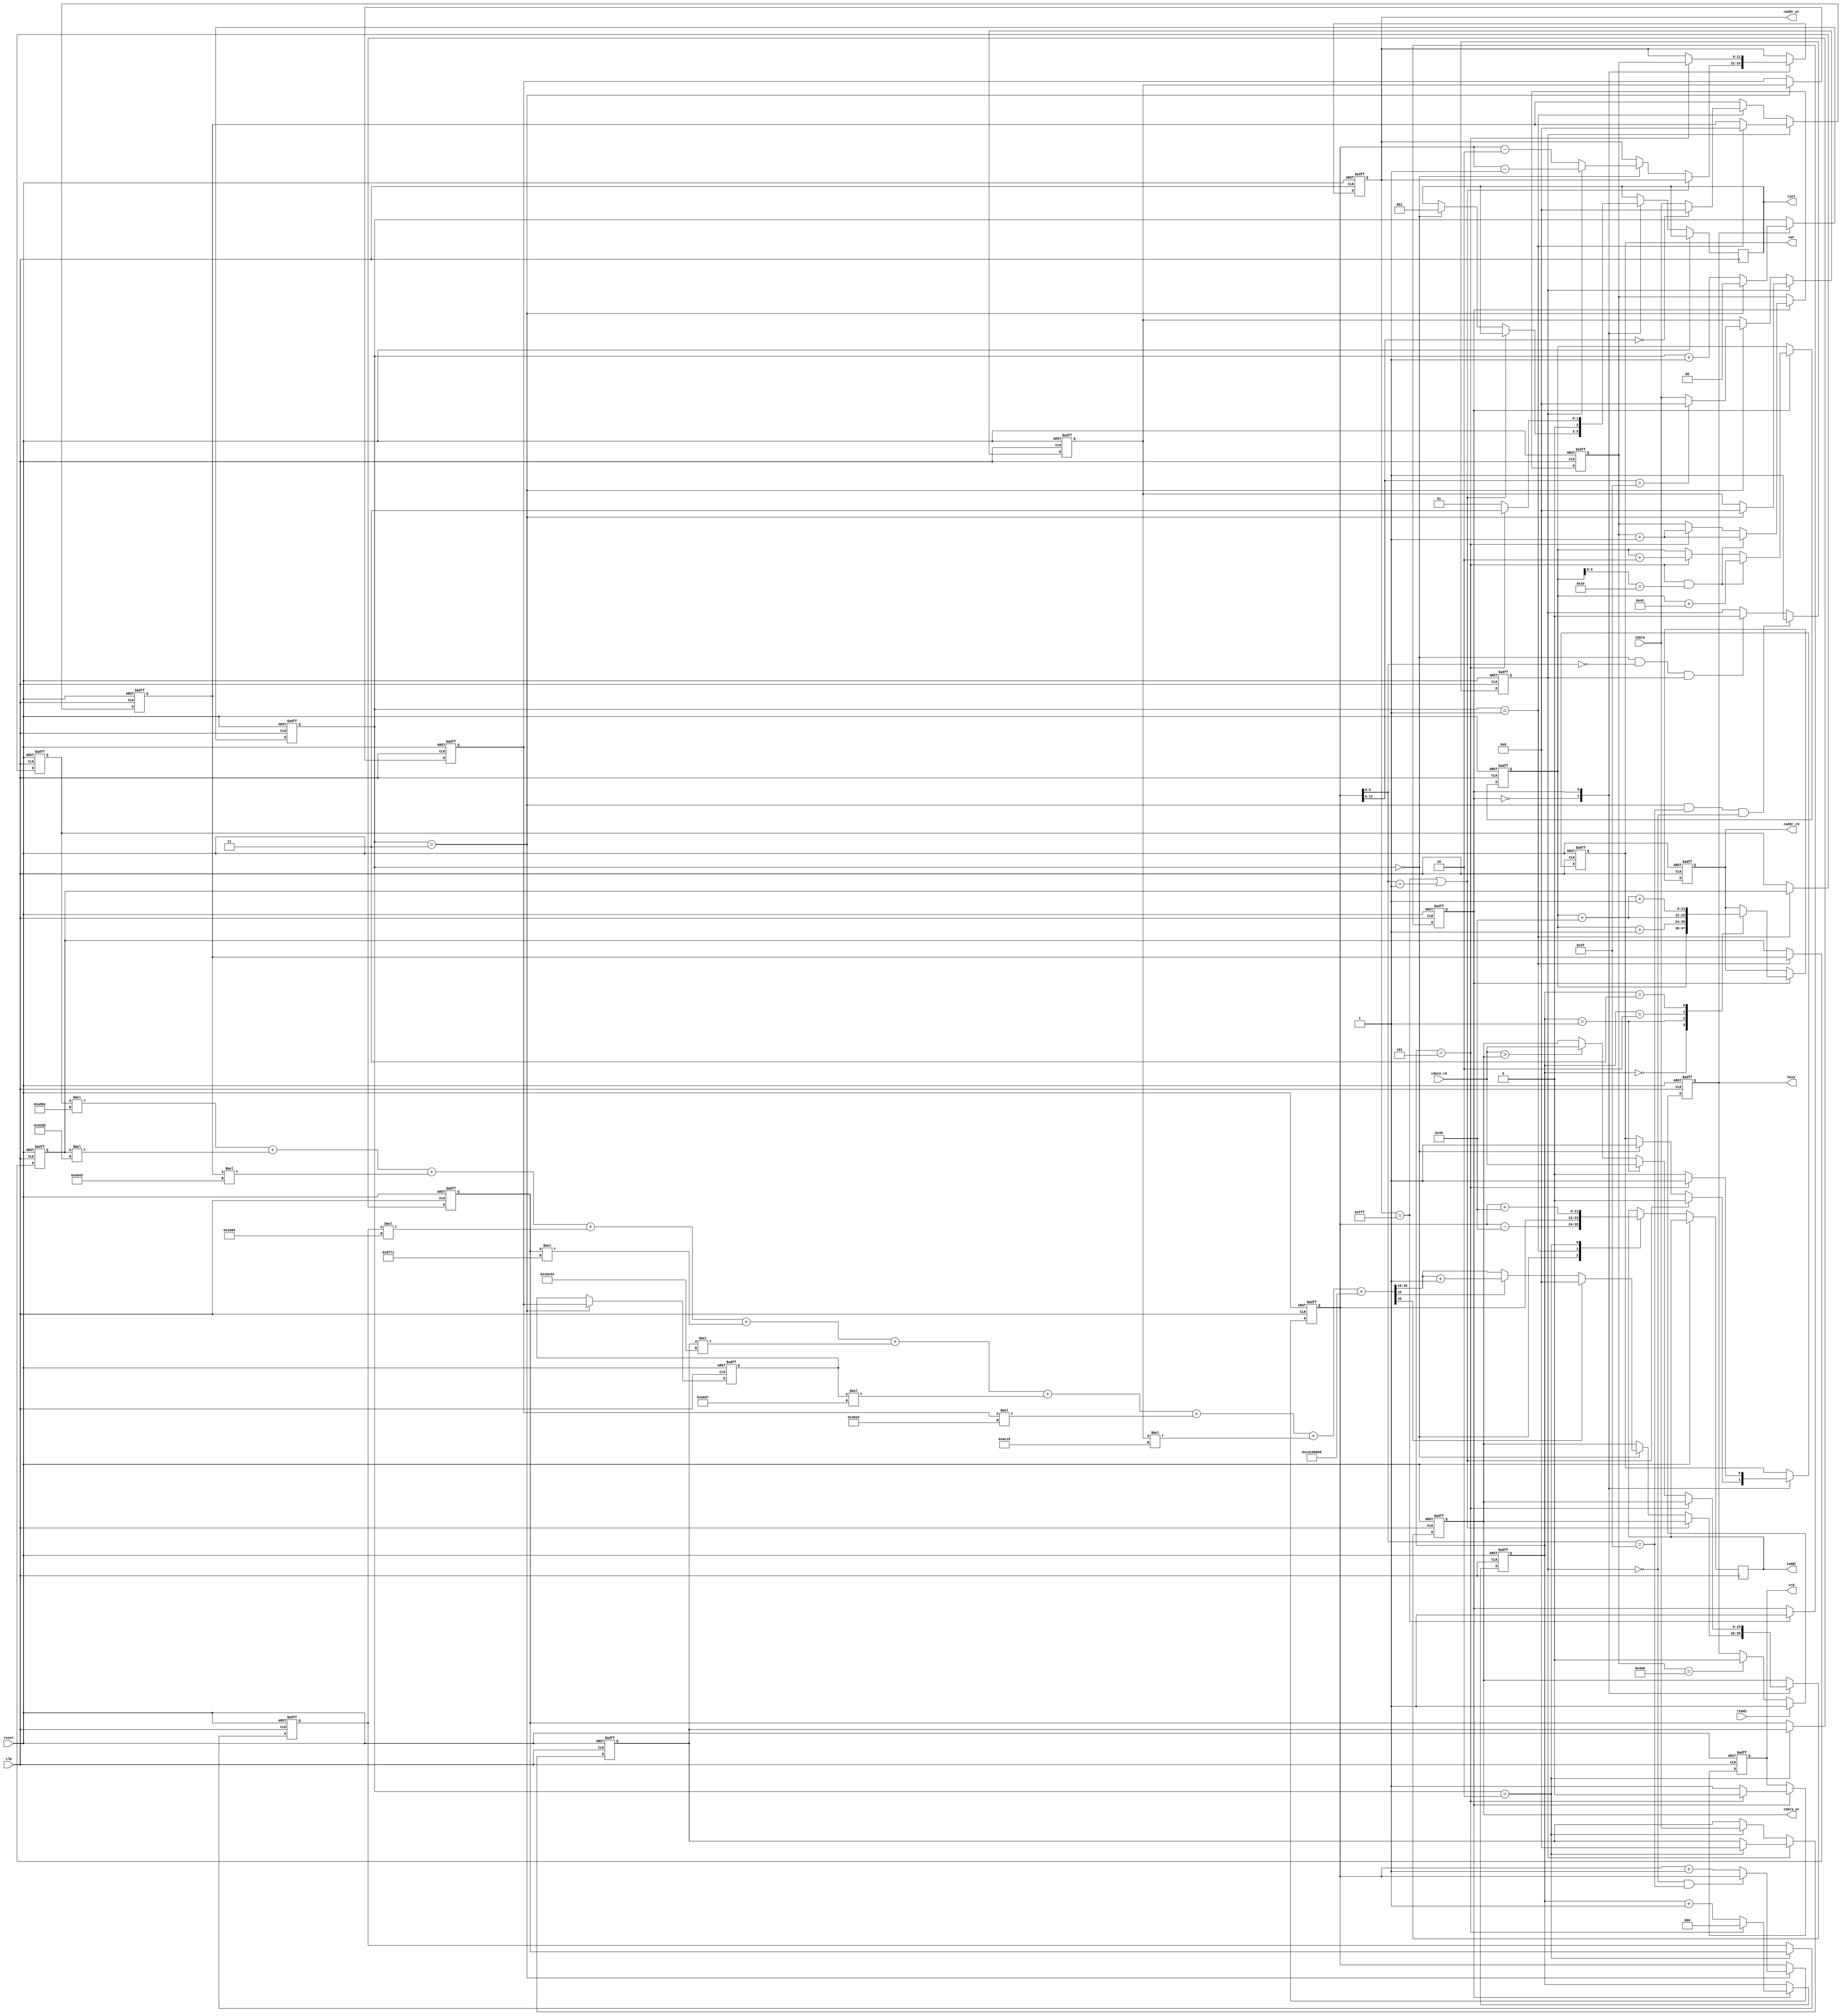

`timescale 1ns/10ps

module  CONV(
	input		clk,
	input		reset,
	output	reg	busy,	
	input		ready,	
			
	output	reg 	[11:0]	iaddr,
	input	signed 	[19:0]	idata,	
	
	output	 reg		cwr,
	output	 reg	[11:0]	caddr_wr,
	output	 reg	[19:0]	cdata_wr,
	
	output	 reg		crd,
	output	 reg	[11:0]	caddr_rd,
	input	 	[19:0]	cdata_rd,
	
	output	 reg	[2:0]	csel
	);

wire signed [39:0] bias ;
parameter signed w1 = 20'h0A89E, 
	w2 = 20'h092D5,
	w3 = 20'h06D43,
	w4 = 20'h01004,
	w5 = 20'hF8F71,
	w6 = 20'hF6E54,
	w7 = 20'hFA6D7,
	w8 = 20'hFC834,
	w9 = 20'hFAC19;
wire signed [19:0] Kernel1, Kernel2, Kernel3, Kernel4, Kernel5, 
		Kernel6, Kernel7, Kernel8, Kernel9 ;
wire signed [39:0] conv_sum ;
wire signed [39:0] conv_sum_6 ;

reg signed [19:0] idata_temp1, idata_temp2, idata_temp3, idata_temp4,
idata_temp5, idata_temp6, idata_temp7, idata_temp8, idata_temp9 ; 

wire signed [39:0] conv1, conv2, conv3, conv4,
	conv5, conv6, conv7, conv8, conv9;
reg [1:0] cnt_read ;
wire [11:0] address2, address5, address8 ;
reg signed [19:0] conv_result ;
reg [11:0] center ;
reg signed [19:0] cdata_wr_temp ;
reg flag ;
reg [11:0] L0mem_addr ;
reg [11:0] L1mem_addr ;
parameter L0=1'b0, L1=1'b1 ;
reg mem_state ;
wire [11:0] L1addr1, L1addr2, L1addr3, L1addr4 ;
reg [2:0] cnt_L1 ;

// bias
assign bias = 40'h0013100000 ;

// kernel_weight
assign Kernel1 = w1 ; 
assign Kernel2 = w2 ;
assign Kernel3 = w3 ;
assign Kernel4 = w4 ;
assign Kernel5 = w5 ;
assign Kernel6 = w6 ;
assign Kernel7 = w7 ;
assign Kernel8 = w8 ;
assign Kernel9 = w9 ;

// conv_sum
assign conv1 = idata_temp1*Kernel1 ;
assign conv2 = idata_temp2*Kernel2 ;
assign conv3 = idata_temp3*Kernel3 ;
assign conv4 = idata_temp4*Kernel4 ;
assign conv5 = idata_temp5*Kernel5 ;
assign conv6 = idata_temp6*Kernel6 ;
assign conv7 = idata_temp7*Kernel7 ;
assign conv8 = idata_temp8*Kernel8 ;
assign conv9 = idata_temp9*Kernel9 ;
assign conv_sum = conv1 + conv2 + conv3 + conv4 + 
conv5 + conv6 + conv7 + conv8 + conv9 + bias ;


// read_data_counter
always@(posedge clk or posedge reset)begin
	if(reset) cnt_read <= 0 ;
	else if(busy) begin
		if(cnt_read==3) cnt_read <= 0 ;
		else cnt_read <= cnt_read + 1 ;
	end
end

// iaddr
assign address2 = center - 64 ;
assign address5 = center ;
assign address8 = center + 64 ;

// flag
always@(posedge clk or posedge reset)begin
	if(reset) flag <= 0 ;
	else if(cnt_read==3&&center[5:0]==6'd63&&flag==0) flag <= 1 ;
	else if(cnt_read==0&&center[5:0]==6'd0&&flag==1)  flag <= 0 ;
end

// iaddr
always@(posedge clk or posedge reset)begin
	if(reset) center <= 0 ;
	else begin
		case(cnt_read)
		2'd0 : iaddr <= address2 ;
		2'd1 : iaddr <= address5 ;
		2'd2 : iaddr <= address8 ;
		3'd3 : begin if(flag==0&&center[5:0]==6'd63) center <= center ; else center <= center + 1 ; end 
		endcase
	end
end

// data_shift
always@(posedge clk or posedge reset)begin
	if(reset)begin
		idata_temp1 <= 0 ;
		idata_temp2 <= 0 ;
		idata_temp3 <= 0 ;
		idata_temp4 <= 0 ;
		idata_temp5 <= 0 ;
		idata_temp6 <= 0 ;
		idata_temp7 <= 0 ;
		idata_temp8 <= 0 ;
		idata_temp9 <= 0 ;
	end
	else begin
		if(flag)begin
			case(cnt_read)
			2'd1 : begin idata_temp3 <= 0 ; idata_temp1 <= idata_temp2 ; idata_temp2 <= idata_temp3 ; end
			2'd2 : begin idata_temp6 <= 0 ; idata_temp4 <= idata_temp5 ; idata_temp5 <= idata_temp6 ; end
			2'd3 : begin idata_temp9 <= 0 ; idata_temp7 <= idata_temp8 ; idata_temp8 <= idata_temp9 ; end
			endcase		
		end
		else begin
			case(cnt_read)
			2'd1 : begin idata_temp3 <= (center[11:6]==6'd0) ? 0 : idata ; idata_temp1 <= idata_temp2 ; idata_temp2 <= idata_temp3 ; end
			2'd2 : begin idata_temp6 <= idata ; idata_temp4 <= idata_temp5 ; idata_temp5 <= idata_temp6 ; end
			2'd3 : begin idata_temp9 <= (center[11:6]==6'd63) ? 0 : idata ; idata_temp7 <= idata_temp8 ; idata_temp8 <= idata_temp9 ; end
			endcase
		end
	end
end

// round
// relu
always@(*)begin
	conv_result = (conv_sum[15]) ? ({conv_sum[35:16]} + 20'd1) : {conv_sum[35:16]} ;
	cdata_wr_temp = (conv_sum[39]) ? 20'd0 : conv_result ;
end



// mem_state
always@(posedge clk or posedge reset)begin
	if(reset) mem_state <= 1'd0 ;
	else if(caddr_wr==4095) mem_state <= 1'd1 ;
end

// L1mem_addr 
assign L1addr1 = L0mem_addr ;
assign L1addr2 = L1addr1 + 1 ;
assign L1addr3 = L1addr1 + 64 ;
assign L1addr4 = L1addr3 + 1 ;
always@(posedge clk or posedge reset)begin
	if(reset)begin
		L1mem_addr <= 0 ;
		L0mem_addr <= 0 ;
		caddr_rd <= 0 ;
	end
	else if(mem_state==1'd1)begin
		case(cnt_L1)
		3'd0 : caddr_rd <= L1addr1 ;
		3'd1 : caddr_rd <= L1addr2 ;
		3'd2 : caddr_rd <= L1addr3 ;
		3'd3 : caddr_rd <= L1addr4 ;
		endcase
		if(cnt_L1==5&&L0mem_addr[5:0]==6'd62) begin L0mem_addr <= L0mem_addr + 66 ; L1mem_addr <= L1mem_addr + 1 ; end
		else if(cnt_L1==5)begin L0mem_addr <= L0mem_addr + 2 ; L1mem_addr <= L1mem_addr + 1 ; end 
	end
end

always@(posedge clk or posedge reset)begin
	if(reset) cnt_L1 <= 0 ;
	else if(mem_state==1'd1)begin
		if(cnt_L1==5) cnt_L1 <= 0 ;
		else cnt_L1 <= cnt_L1 + 1 ;
	end
end

// write data L0_MEM0
always@(posedge clk or posedge reset)begin
	if(reset)begin
		cwr <= 0 ;
		crd <= 0 ;
		caddr_wr <= 0 ;
		cdata_wr <= 0 ;
	end
	else begin
		case(mem_state)
		1'd0 : begin
			if(caddr_wr==4095||center[5:0]==6'd1) cwr <= 0 ;	
			else if(cnt_read==0)begin
				if(flag)begin			
					cwr <= 1 ;
					csel <= 3'd1 ;
					caddr_wr <= center - 1 ;
					cdata_wr <= cdata_wr_temp ;
				end
				else begin
					cwr <= 1 ;
					csel <= 3'd1 ;
					caddr_wr <= center - 2 ;
					cdata_wr <= cdata_wr_temp ;
				end
			end
		end
		1'd1 : begin
			if(cnt_L1==5)begin
				crd <= 0 ;
				cwr <= 1 ;
				csel <= 3'd3 ;
				caddr_wr <= L1mem_addr ;
			end
			else if(cnt_L1==1)begin
				cdata_wr <= cdata_rd ;
				cwr <= 0 ;
				csel <= 3'd1 ;
				crd <= 1 ;
			end	
			else begin
				cdata_wr <= (cdata_rd > cdata_wr) ? cdata_rd : cdata_wr ;
				cwr <= 0 ;
				csel <= 3'd1 ;
				crd <= 1 ;			
			end
		end
		endcase
	end
end

// busy
always@(posedge clk or posedge reset)begin
	if(reset) busy <= 0 ;
	else if(ready) busy <= 1 ;
	else if(L1mem_addr==1024) busy <= 0 ; 
end

endmodule